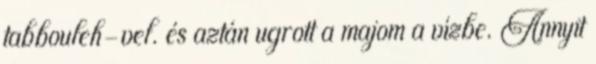
tabbouleh-vel. és aztán ugrott a majom a vízbe. Annyit